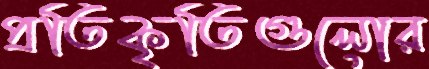
প্রতিকৃতিগুলোর